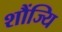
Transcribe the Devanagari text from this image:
शौंज्यि